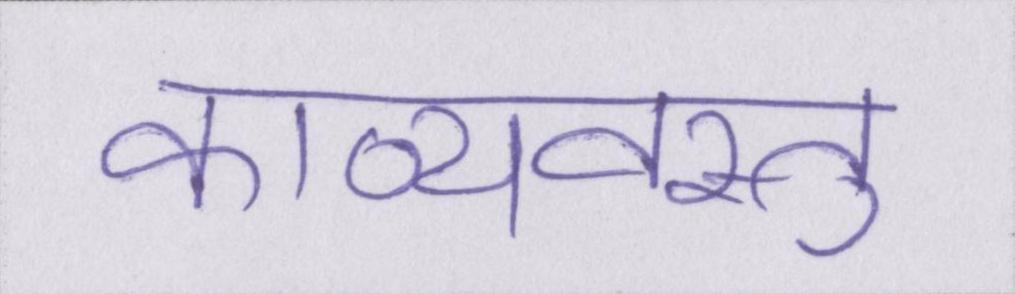
काव्यवस्तु